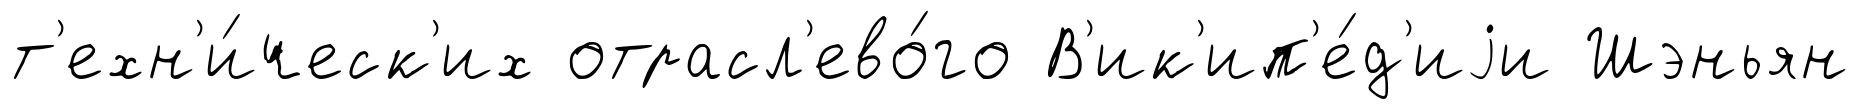
т'ехн'и́ческ'их отрасл'ево́го В'ик'ип'е́д'иjи Шэньян